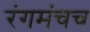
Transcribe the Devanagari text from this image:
रंगमंचच